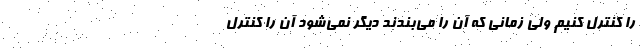
را کنترل کنیم ولی زمانی که آن را می‌بندند دیگر نمی‌شود آن را کنترل